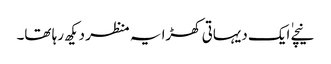
نیچے ٰایک دیہاتی کھڑا یہ منظر دیکھ رہا تھا۔